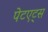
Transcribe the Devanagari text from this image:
पेटएट्स